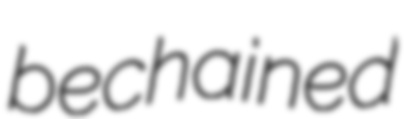
bechained